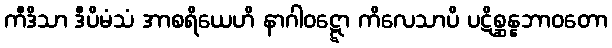
ကီဒိသာ ဒီပိမံသံ အာစရိယေဟိ နာဂါဝဋ္ဋော ကိလေသာပိ ပဋိစ္ဆန္နဘာဝတော